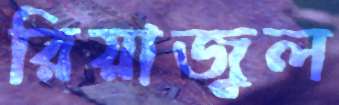
রিয়াজুল